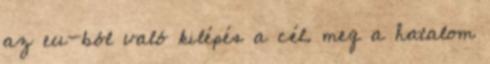
az eu-ból való kilépés a cél. meg a hatalom